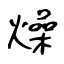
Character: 燥